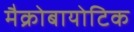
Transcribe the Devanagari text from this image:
मैक्रोबायोटिक